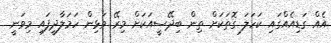
އެއް ގަޑިއެއްގައި ކަހަލަ ގޮތަކަށް ތިން ބިދޭސީއަކަށް މިރޭ ވަޅިން ހަމަލާދީފައި މިވަނީ